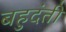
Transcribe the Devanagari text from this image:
बहुदंती